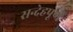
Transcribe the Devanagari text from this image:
सन्देहपूर्ण